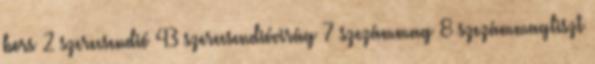
bors 2 szerecsendió 43 szerecsendióvirág 7 szezámmag 8 szezámmagliszt